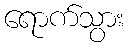
ရောက်သွား